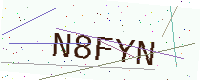
Text: N8FYN